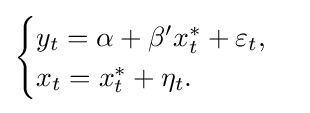
{\begin{cases}y_{t}=\alpha +\beta 'x_{t}^{*}+\varepsilon _{t},\\x_{t}=x_{t}^{*}+\eta _{t}.\end{cases}}